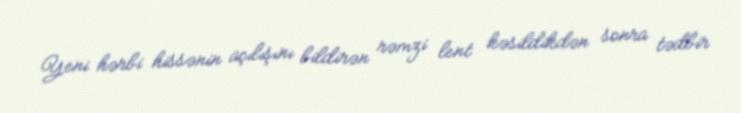
Yeni hərbi hissənin açılışını bildirən rəmzi lent kəsildikdən sonra tədbir